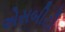
એસબીટી